Black-water fever - Number 35
Disease focus: Fever
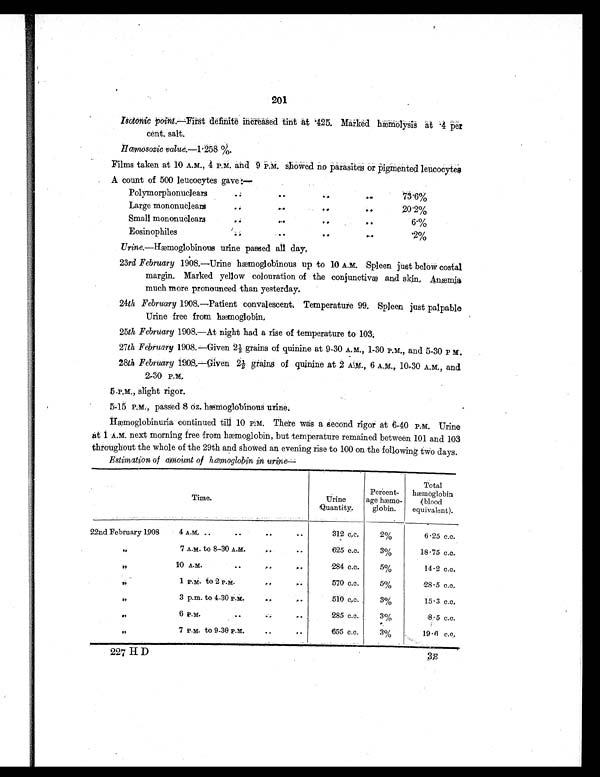
201
Isotonic point.—First definite increased tint at .425. Marked hæmolysis at .4
per cent. salt.
Hœmonosozic value.—1.258 %.
Films taken at 10 A.M., 4 P.M. and 9 P.M. showed no parasites or pigmented leucocyt
es.
A count of 500 leucocytes gave:—
Polymorphonuclears
. .
. .
. .
. .
7 3 . 6 %
Large mononuclears
. . . .
. .
. .
20.2%
Small mononuclears
. . . .
. .
. .
6.%
Eosinophiles
. . . .
..
. .
.2%
Urine.—Hæmoglobinous urine passed all day.
23rd February 1908.—Urine hæmoglobinous up to 10 A. M. Spleen just below costal
margin. Marked yellow colouration of the conjunctivæ and skin.
Anæmia much more pronounced than yesterday.
24th February 1908.—Patient convalescent. Temperature 99. Spleen just palpable
Urine free from hæmoglobin.
25 th February 1908.—At night had a rise of temperature to 103.
27th February 1908.—Given 2½ grains of quinine at 9-30 A.M., 1-30 P.M., and 5-30 P M.
28th February 1908.—Given 2½ grains of quinine at 2 A.M., 6 A.M., 10-30 A.M., and
2-30 P.M.
5.P.M., slight rigor.
5-15 P.M., passed 8 oz. hæmoglobinous urine.
H æ m o g l o b i n u r i a c o n t i n u e d t i l l 1 0 P . M . T h e r e w a s a S e c o n d r i g o r a t 6 - 4 0 P . M . U r i n e
at 1 A.M. next morning free from hæmoglobin, but temperature remained between 101 and 103
throughout the whole of the 29th and showed an evening rise to 100 on the following two days.
Estimation of amount of hœmoglobin in urine—
Time.
Urine
Q u a n t i t y .
Percent-
age hæmo-
globin.
Total
hæmoglobin
(blood
equivalent).
22nd February 1908
4 A.M. ..
. . . . . .
312 c.c.
2%
6.25 c.c.
"
7 A.M. to 8-30 A.M.
. .
625 c.c.
3%
18.75 c.c.
"
10 A.M.
..
..
284 c.c.
5%
14.2 c.c.
"
1 P.M. to 2 P.M.
. .
570 c.c.
5%
28.5 c.c.
"
3 p.m. to 4-30 P.M.
...
510 c.c.
3%
15.3 c.c.
"
6 P.M.
. . .....
285 c.c.
3%
8.5 c.c.
"
7 P.M. to 9-30 P.M.
655 c.c.
3%
19.6 c.c.
227 HD